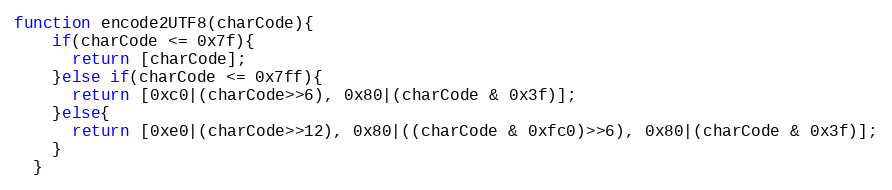
Language: JavaScript
function encode2UTF8(charCode){
    if(charCode <= 0x7f){
      return [charCode];
    }else if(charCode <= 0x7ff){
      return [0xc0|(charCode>>6), 0x80|(charCode & 0x3f)];
    }else{
      return [0xe0|(charCode>>12), 0x80|((charCode & 0xfc0)>>6), 0x80|(charCode & 0x3f)];
    }
  }